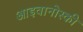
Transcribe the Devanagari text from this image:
आइवानोस्की